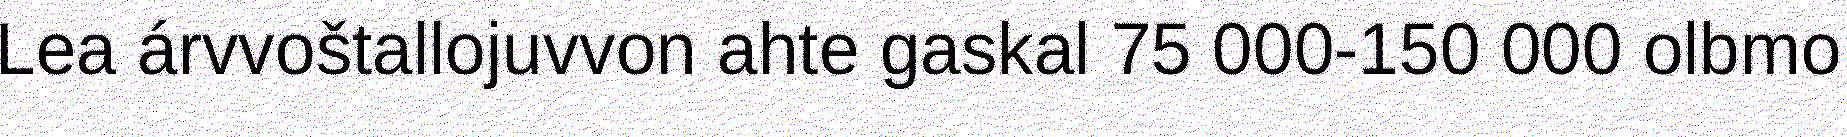
Lea árvvoštallojuvvon ahte gaskal 75 000-150 000 olbmo